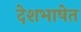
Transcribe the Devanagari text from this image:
देशभाषेत